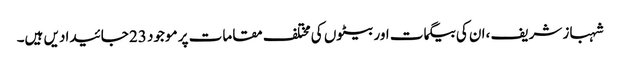
شہباز شریف ،ان کی بیگمات اور بیٹوں کی مختلف مقامات پر موجود 23 جائیدادیں ہیں۔